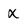
Character: x